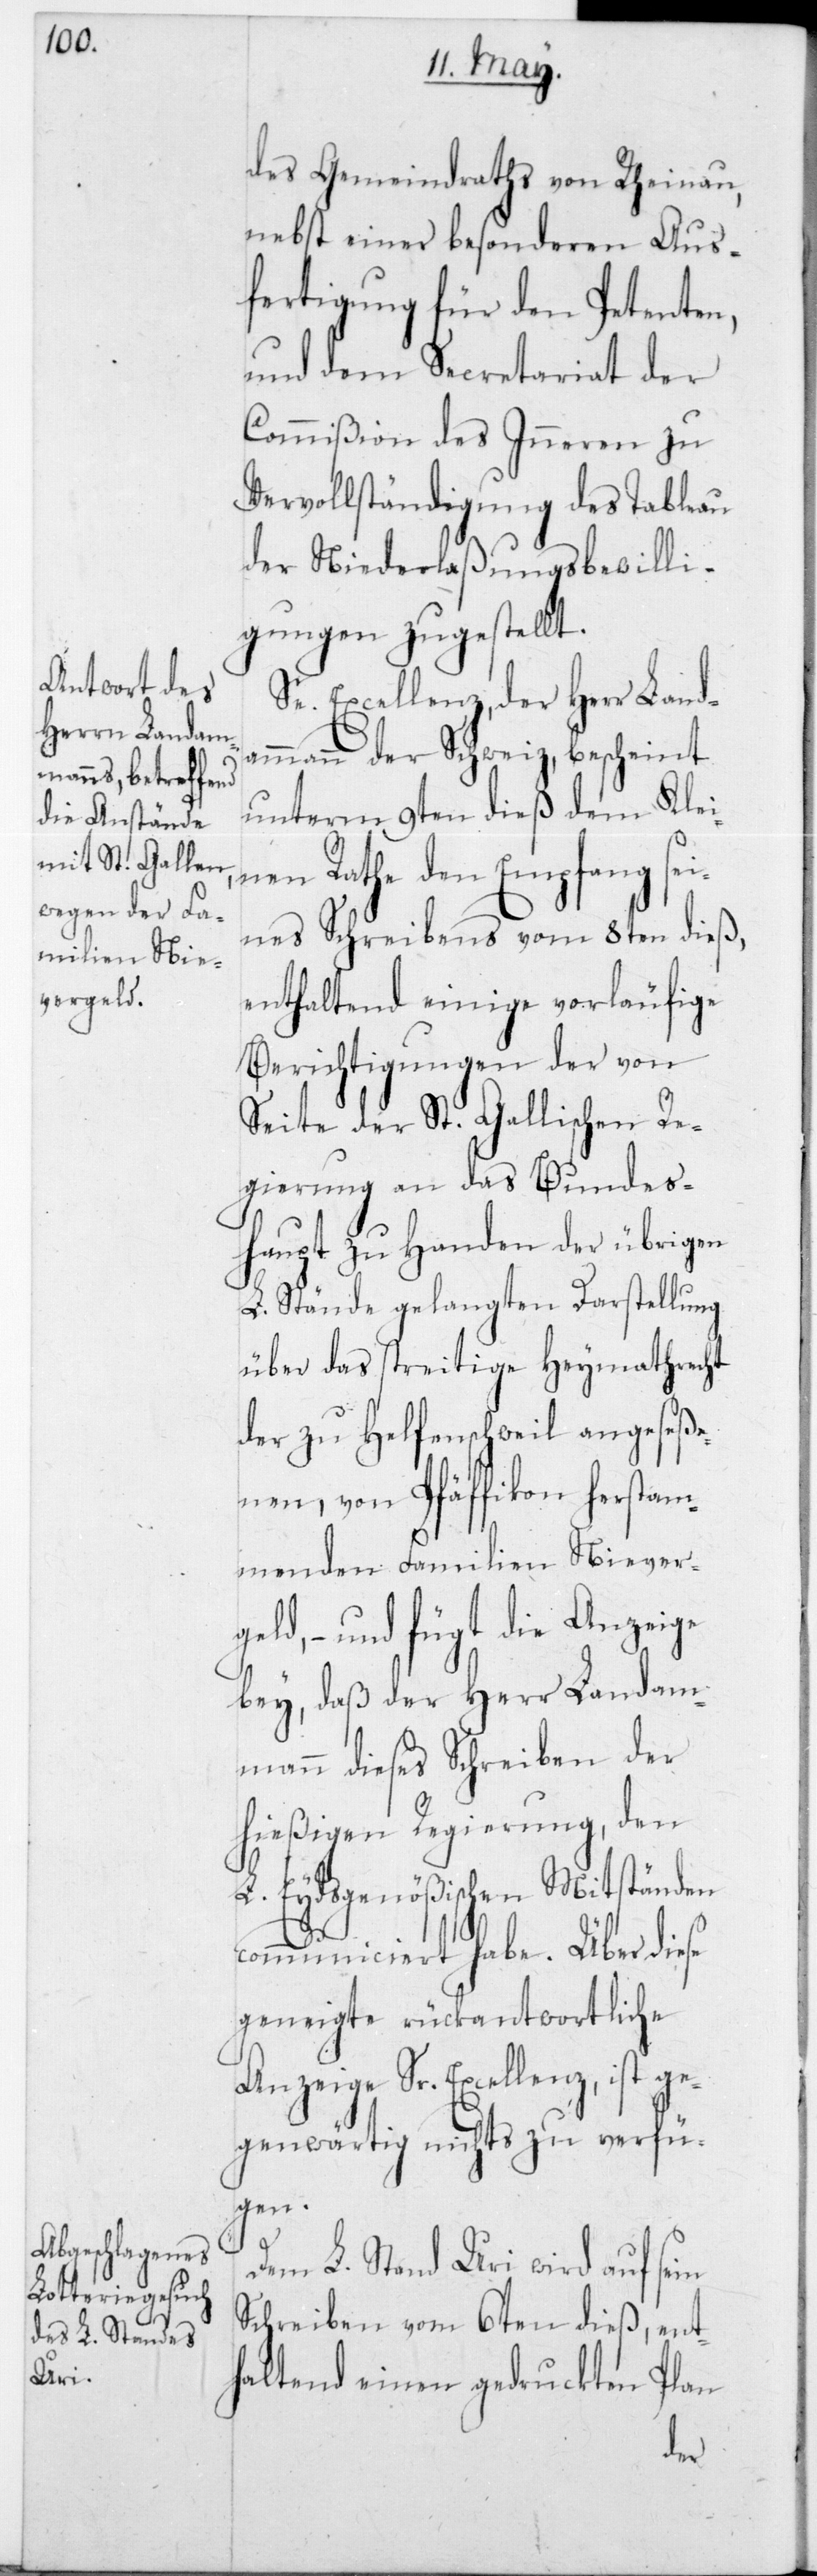
des Gemeindraths von Rheinau,
nebst einer besonderen Aus¬
fertigung für den Petenten,
und dem Secretariat der
Commißion des Inneren zu
Vervollständigung des Tableau
der Niederlaßungsbewilli¬
gungen zugestellt.
Se. Excellenz, der Herr Landa¬
mmann der Schweiz, bescheint
unterm 9ten dieß dem Klei¬
nen Rathe den Empfang sei¬
nes Schreibens vom 8ten dieß,
enthaltend einige vorläufige
Berichtigungen der von
Seite der St. Gallischen Re¬
gierung an das Bundes¬
haupt zu Handen der übrigen
L. Stände gelangten Darstellung
über das streitige Heymathrecht
der zu Helfenschweil angeseße¬
nen, von Pfäffikon herstam¬
menden Familien Niever¬
geld, – und fügt die Anzeige
bey, daß der Herr Landam¬
mann dieses Schreiben der
hießigen Regierung, den
L. Eydsgenößischen Mitständen
communiciert habe. Über diese
geneigte rückantwortliche
Anzeige Sr. Excellenz ist ge¬
genwärtig nichts zu verfü¬
gen.
Dem L. Stand Uri wird auf sein
Schreiben vom 6ten dieß,
ent¬
haltend einen gedruckten Plan